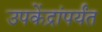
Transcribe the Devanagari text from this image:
उपकेंद्रांपर्यंत